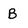
Character: B